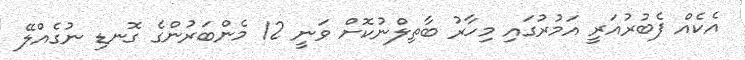
އެކެއް ފެބުރުއަރީ އަމުރުގައި މިހާރު ބާތިލްނުކޮށް ވަނީ 12 މެންބަރުންގެ ގޮނޑި ނުގެއްލޭ